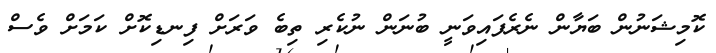
ކޮމިޝަނުން ބަޔާން ނެރެފައިވަނީ ބުނަން ނުކެރި ތިބެ ވަރަށް ފިނޑިކޮށް ކަމަށް ވެސް